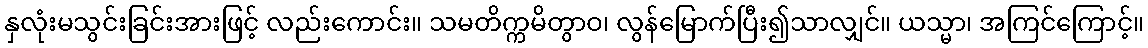
နှလုံးမသွင်းခြင်းအားဖြင့် လည်းကောင်း။ သမတိက္ကမိတွာဝ၊ လွန်မြောက်ပြီး၍သာလျှင်။ ယသ္မာ၊ အကြင်ကြောင့်။